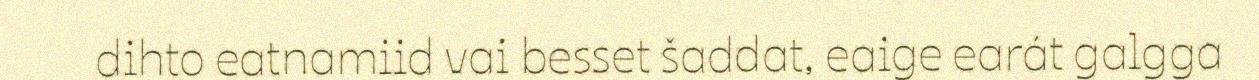
dihto eatnamiid vai besset šaddat, eaige earát galgga